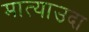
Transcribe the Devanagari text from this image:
मात्याउदा